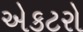
એકટરો